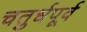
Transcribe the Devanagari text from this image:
चतुर्धपूर्व